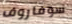
سوفاروف